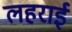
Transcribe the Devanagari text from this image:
लहराई